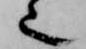
也